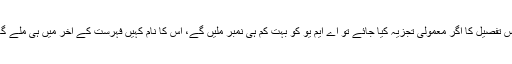
اس تفصیل کا اگر معمولی تجزیہ کیا جائے تو اے ایم یو کو بہت کم ہی نمبر ملیں گے، اس کا نام کہیں فہرست کے آخر میں ہی ملے گا۔